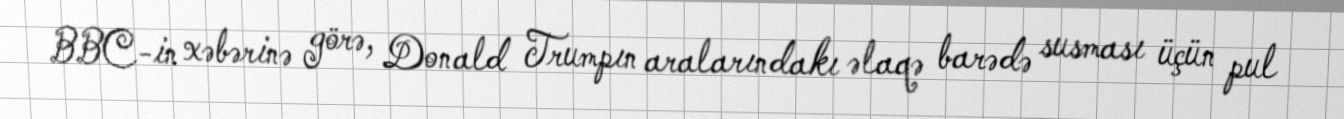
BBC-in xəbərinə görə, Donald Trumpın aralarındakı əlaqə barədə susması üçün pul